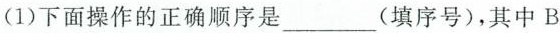
(1)下面操作的正确顺序是___(填序号)，其中B